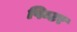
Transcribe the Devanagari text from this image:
पिन्टर